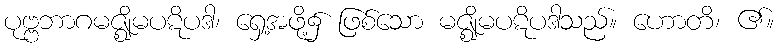
ပုဗ္ဗဘာဂမဇ္ဈိမပဋိပဒါ၊ ရှေ့အဖို့၌ ဖြစ်သော မဇ္ဈိမပဋိပဒါသည်။ ဟောတိ၊ ၏။